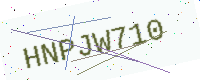
Text: HNPJW710